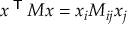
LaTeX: x ^ { \textsf { T } } M x = x _ { i } M _ { i j } x _ { j }